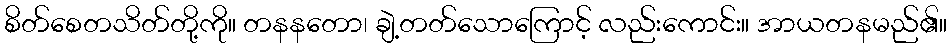
စိတ်စေတသိတ်တို့ကို။ တနနတော၊ ချဲ့တတ်သောကြောင့် လည်းကောင်း။ အာယတနမည်၏။